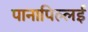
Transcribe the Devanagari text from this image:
पानापिल्लई